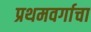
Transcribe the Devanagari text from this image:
प्रथमवर्गाचा